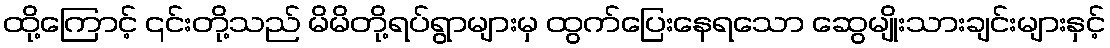
ထို့ကြောင့် ၎င်းတို့သည် မိမိတို့ရပ်ရွာများမှ ထွက်ပြေးနေရသော ဆွေမျိုးသားချင်းများနှင့်